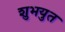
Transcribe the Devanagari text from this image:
शुभयुत